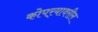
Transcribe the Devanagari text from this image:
कोपर्‍यावरील